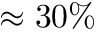
\approx 3 0 \%